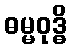
ဓမ္မဝုဒ္ဓိ